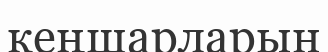
кеңшарларын